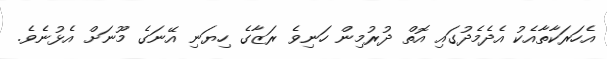
އެހަރަކާތާއެކު އެދެމެދުގައި އޮތް ދުރުމިން ހަނިވެ ރަޒާގެ ހިޔަނި އޭނަގެ މޫނަށް އެޅުނެވެ.